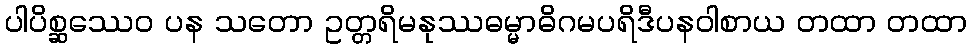
ပါပိစ္ဆဿေဝ ပန သတော ဥတ္တရိမနုဿဓမ္မာဓိဂမပရိဒီပနဝါစာယ တထာ တထာ